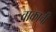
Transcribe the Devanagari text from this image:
वाकाची